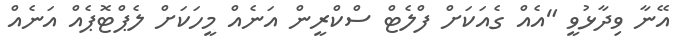
އޭނާ ވިދާޅުވީ "އެއް ގެއަކަށް ފްލެޓް ސްކްރީން އަނެއް މީހަކަށް ލެޕްޓޮޕެއް އަނެއް